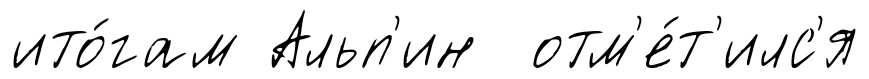
ито́гам Альп'ин отм'е́т'илс'я